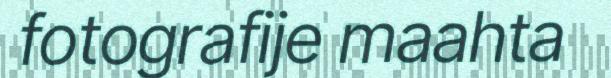
fotografije maahta